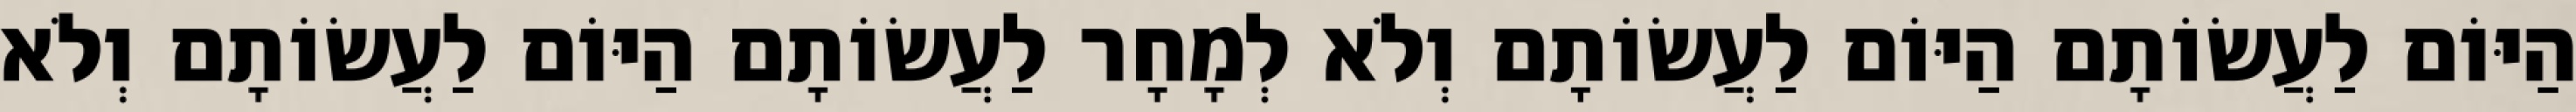
הַיּוֹם לַעֲשׂוֹתָם הַיּוֹם לַעֲשׂוֹתָם וְלֹא לְמָחָר לַעֲשׂוֹתָם הַיּוֹם לַעֲשׂוֹתָם וְלֹא